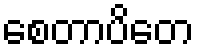
စေတာပိတေ